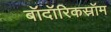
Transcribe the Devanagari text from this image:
बॉदॉरिकस्रॉम